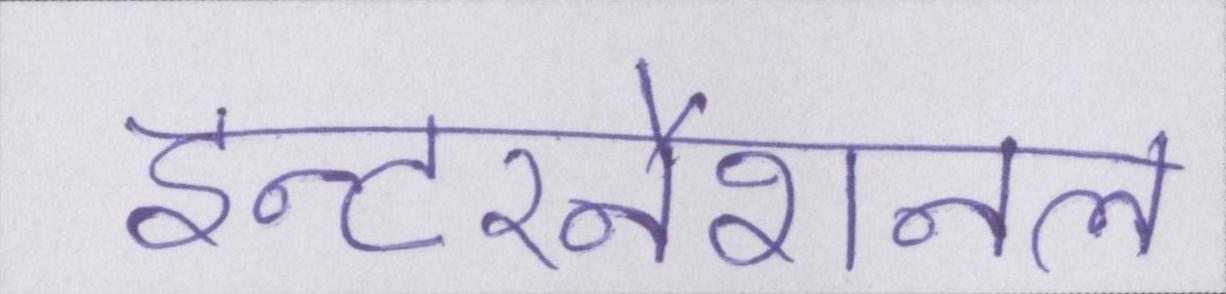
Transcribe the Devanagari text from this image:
इन्टरनैशनल